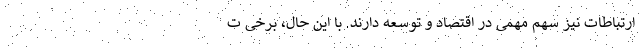
ارتباطات نیز سهم مهمی در اقتصاد و توسعه دارند. با این حال، برخی ت